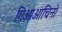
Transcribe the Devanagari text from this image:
गिओआचिनो